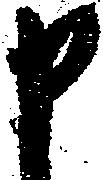
申